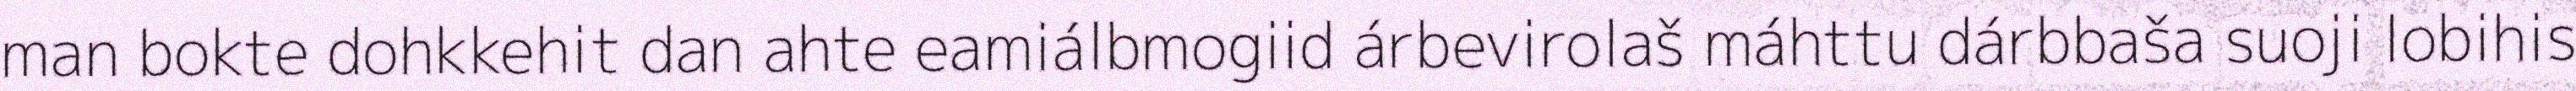
man bokte dohkkehit dan ahte eamiálbmogiid árbevirolaš máhttu dárbbaša suoji lobihis